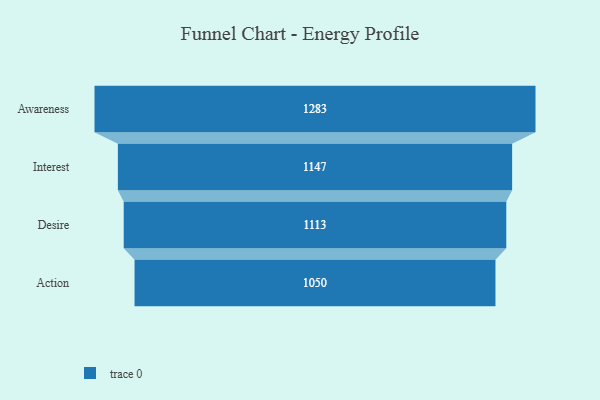
{"axis": {"x": "Stage", "y": "Value"}, "legend": [""], "data": [{"x": "Awareness", "y": 1283.0, "type": ""}, {"x": "Interest", "y": 1147.0, "type": ""}, {"x": "Desire", "y": 1113.0, "type": ""}, {"x": "Action", "y": 1050.0, "type": ""}]}